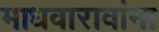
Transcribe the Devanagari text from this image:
माधवारावांना